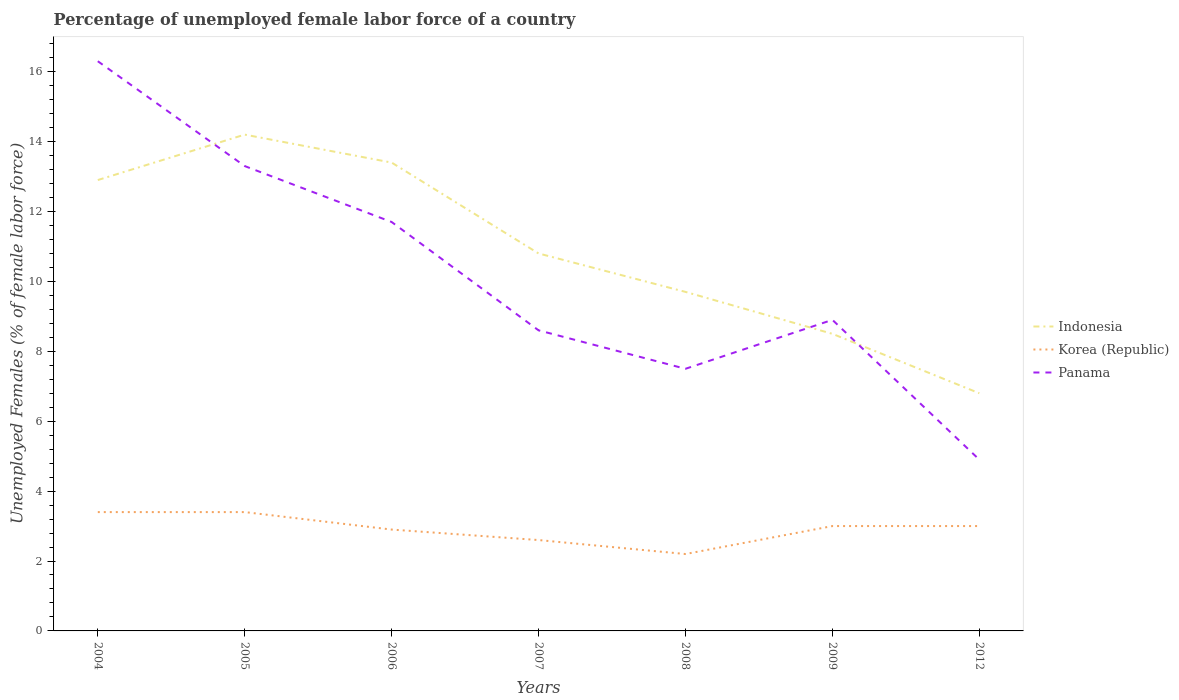
| Years | Indonesia | Korea (Republic) | Panama |
 | --- | --- | --- | --- |
 | 2004 | 12.9 | 3.4 | 16.3 |
 | 2005 | 14.2 | 3.4 | 13.3 |
 | 2006 | 13.4 | 2.9 | 11.7 |
 | 2007 | 10.8 | 2.6 | 8.6 |
 | 2008 | 9.7 | 2.2 | 7.5 |
 | 2009 | 8.5 | 3 | 8.9 |
 | 2012 | 6.8 | 3 | 4.9 |